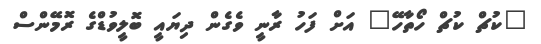
"ކުޗް ކުޗް ހޯތާހޭ" އަށް ފަހު ރާނީ ވެގެން ދިޔައީ ބޮލީވުޑްގެ ރޮމޭންސް